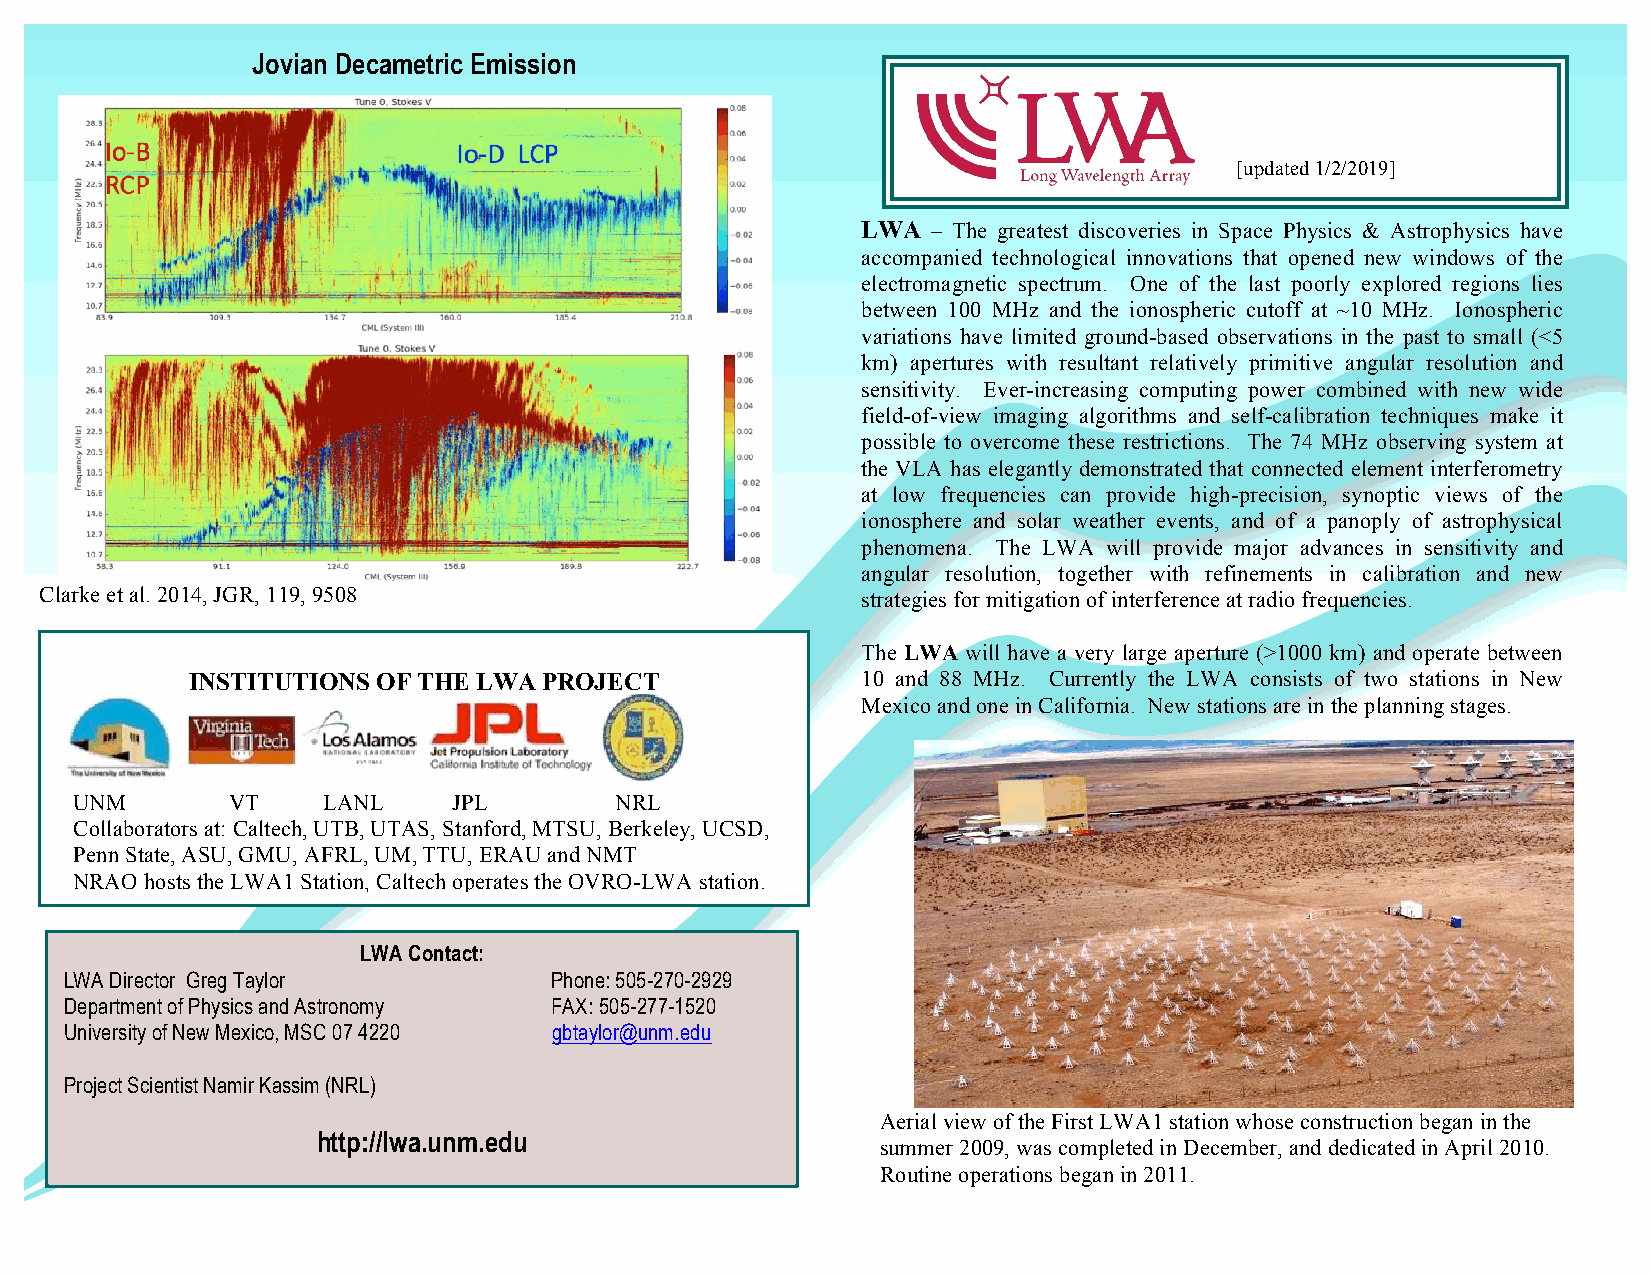
Jovian Decame tric Emission
 [updated 1/2/2019]
 LWA  – The greatest discoveries in Space Physics & Astrophysics have
 accompanied technological innovations that opened new windows of the
 electromagnetic spectrum. One of the last poorly explored regions lies
 between 100 MHz and the ionospheric cutoff at ~10 MHz. Ionospheric
 variations have limited ground-based observations in the past to small (<5
 km) apertures with resultant relatively primitive angular resolution and
 sensitivity. Ever-increasing computing power combined with new wide
 field-of-view imaging algorithms and self-calibration techniques make it
 possible to overcome these restrictions. The 74 MHz observing system at
 the VLA has elegantly demonstrated that connected element interferometry
 at low frequencies can provide high-precision, synoptic views of the
 ionosphere and solar weather events, and of a panoply of astrophysical
 phenomena. The LWA will provide major advances in sensitivity and
 angular resolution, together with refinements in calibration and new
 Clarke et al. 2014, JGR, 119, 9508                    strategies for mitigation of interference at radio frequencies.
 The LWA will have a very large aperture (>1000 km) and operate between
 INSTITUTIONS OF THE LWA PROJECT             10 and 88 MHz. Currently the LWA consists of two stations in New
 SOUTH WEST CONSORTIUM (SWC)                              Mexico and one in California. New stations are in the planning stages.
 UNM       VT    LANL     JPL        NRL
 Collaborators at: Caltech, UTB, UTA S, Stanford, MTSU, Berkeley, UCSD,
 Penn State, ASU, GMU, AFRL, UM, TTU, ERAU and NMT
 NRAO hosts the LWA1 Station, Calt ech operates the OVRO-LWA station.
 LWA Contact:
 LWA/SWC Contact:
 LWA Director Greg Taylor        Phone: 505-270-2929
 Professor R. M. (Marc) Price Phone: 505-277-4742
 Department of Physics and Astronomy FAX: 505-277-1520
 Department of Physics and Astronomy FAX: 505-277-1520
 University of New Mexico, MSC 07 4220 gbtaylor@unm.edu
 University of New Mexico rmprice@panda1.phys.unm.edu
 Project Scientist Namir Kassim (NRL)
 Aerial view of the First LWA1 station whose construction began in the
 http://lwa.unm.edu
 summer 2009, was completed in December, and dedicated in April 2010.
 Routine operations began in 2011.